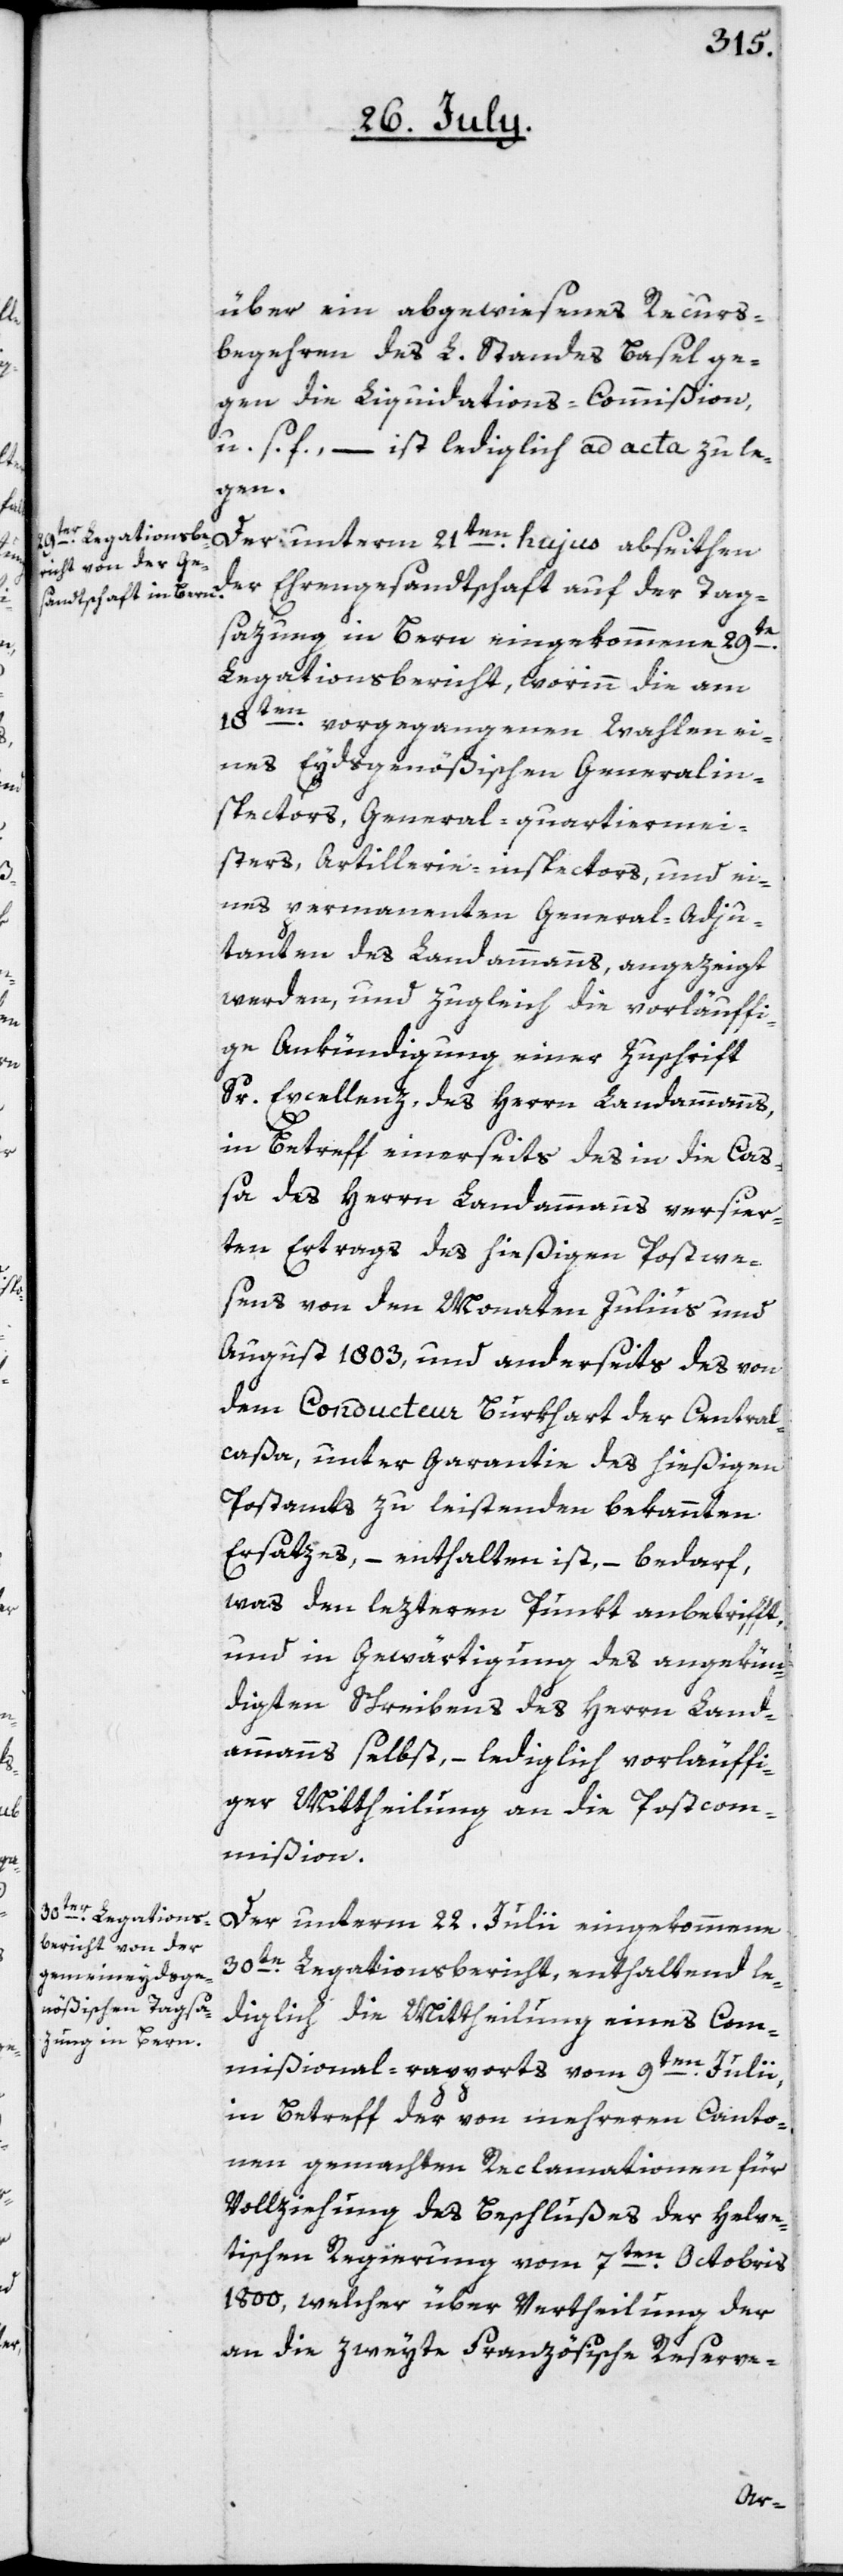
über ein abgewiesenes Recurs¬
begehren des L. Standes Basel ge¬
gen die Liquidations-Commißion,
u. s. f., – ist lediglich ad acta zu le¬
gen.
Der unterm 21ten hujus abseithen
der Ehrengesandtschaft auf der Tag¬
sazung in Bern eingekommene 29te
Legationsbericht, worinn die am
18ten
vorgegangenen Wahlen ei¬
nes Eydsgenößischen General-In¬
spectors, General-Quartiermei¬
sters, Artillerie-Inspectors, und ei¬
nes permanenten General-Adju¬
danten des Landammanns, angezeigt
werden, und zugleich die vorläuffi¬
ge Ankündigung einer Zuschrift
Sr. Excellenz, des Herrn Landammanns
in Betreff einerseits des in die Ca¬
ßa des Herrn Landammanns versier¬
ten Ertrags des hießigen Postwe¬
sens von den Monaten Julius und
August 1803, und anderseits des von
dem Conducteur Burkhart der Central¬
caßa, unter Garantie des hießigen
Postamts zu leistenden bekannten
Ersatzes, – enthalten ist, – bedarf,
was den lezteren Punkt anbetrifft
und in Gewärtigung des angekün¬
digten Schreibens des Herrn Land¬
ammanns selbst, – lediglich vorläuffi¬
ger Mittheilung an die Postcom¬
mißion.
Der unterm 22. Julii eingekommene
30te Legationsbericht, enthaltend le¬
diglich die Mittheilung eines Com¬
mißional-Rapports vom 9ten Julii,
in Betreff der von mehreren Canto¬
nen gemachten Reclamationen für
Vollziehung des Beschlußes der Helve¬
tischen Regierung vom 7ten Octobris
1800, welcher über Vertheilung der
an die zweyte Französische Reserve-